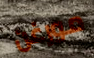
مورغن